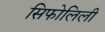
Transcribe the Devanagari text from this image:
सिफोलिली